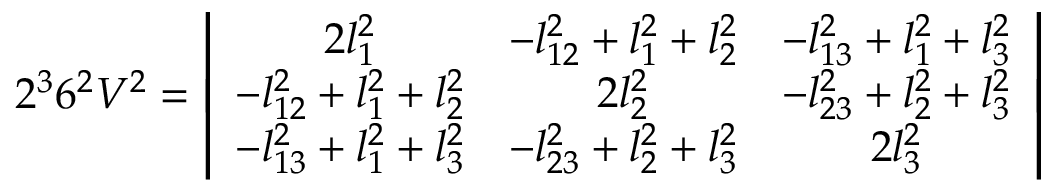
2 ^ { 3 } 6 ^ { 2 } V ^ { 2 } = \left| \begin{array} { c c c } { { 2 l _ { 1 } ^ { 2 } } } & { { - l _ { 1 2 } ^ { 2 } + l _ { 1 } ^ { 2 } + l _ { 2 } ^ { 2 } } } & { { - l _ { 1 3 } ^ { 2 } + l _ { 1 } ^ { 2 } + l _ { 3 } ^ { 2 } } } \\ { { - l _ { 1 2 } ^ { 2 } + l _ { 1 } ^ { 2 } + l _ { 2 } ^ { 2 } } } & { { 2 l _ { 2 } ^ { 2 } } } & { { - l _ { 2 3 } ^ { 2 } + l _ { 2 } ^ { 2 } + l _ { 3 } ^ { 2 } } } \\ { { - l _ { 1 3 } ^ { 2 } + l _ { 1 } ^ { 2 } + l _ { 3 } ^ { 2 } } } & { { - l _ { 2 3 } ^ { 2 } + l _ { 2 } ^ { 2 } + l _ { 3 } ^ { 2 } } } & { { 2 l _ { 3 } ^ { 2 } } } \end{array} \right|